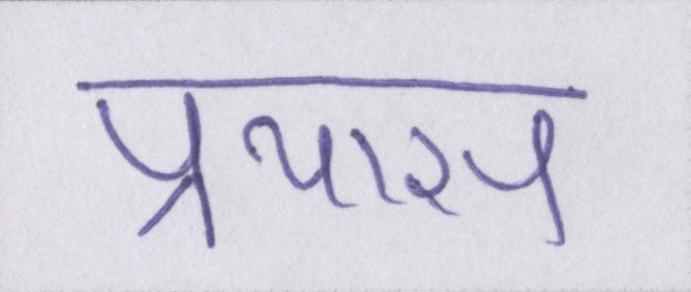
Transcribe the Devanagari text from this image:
प्रयास